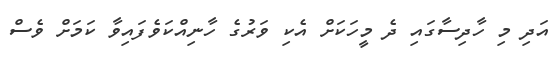
އަދި މި ހާދިސާގައި ދެ މީހަކަށް އެކި ވަރުގެ ހާނިއްކަވެފައިވާ ކަމަށް ވެސް